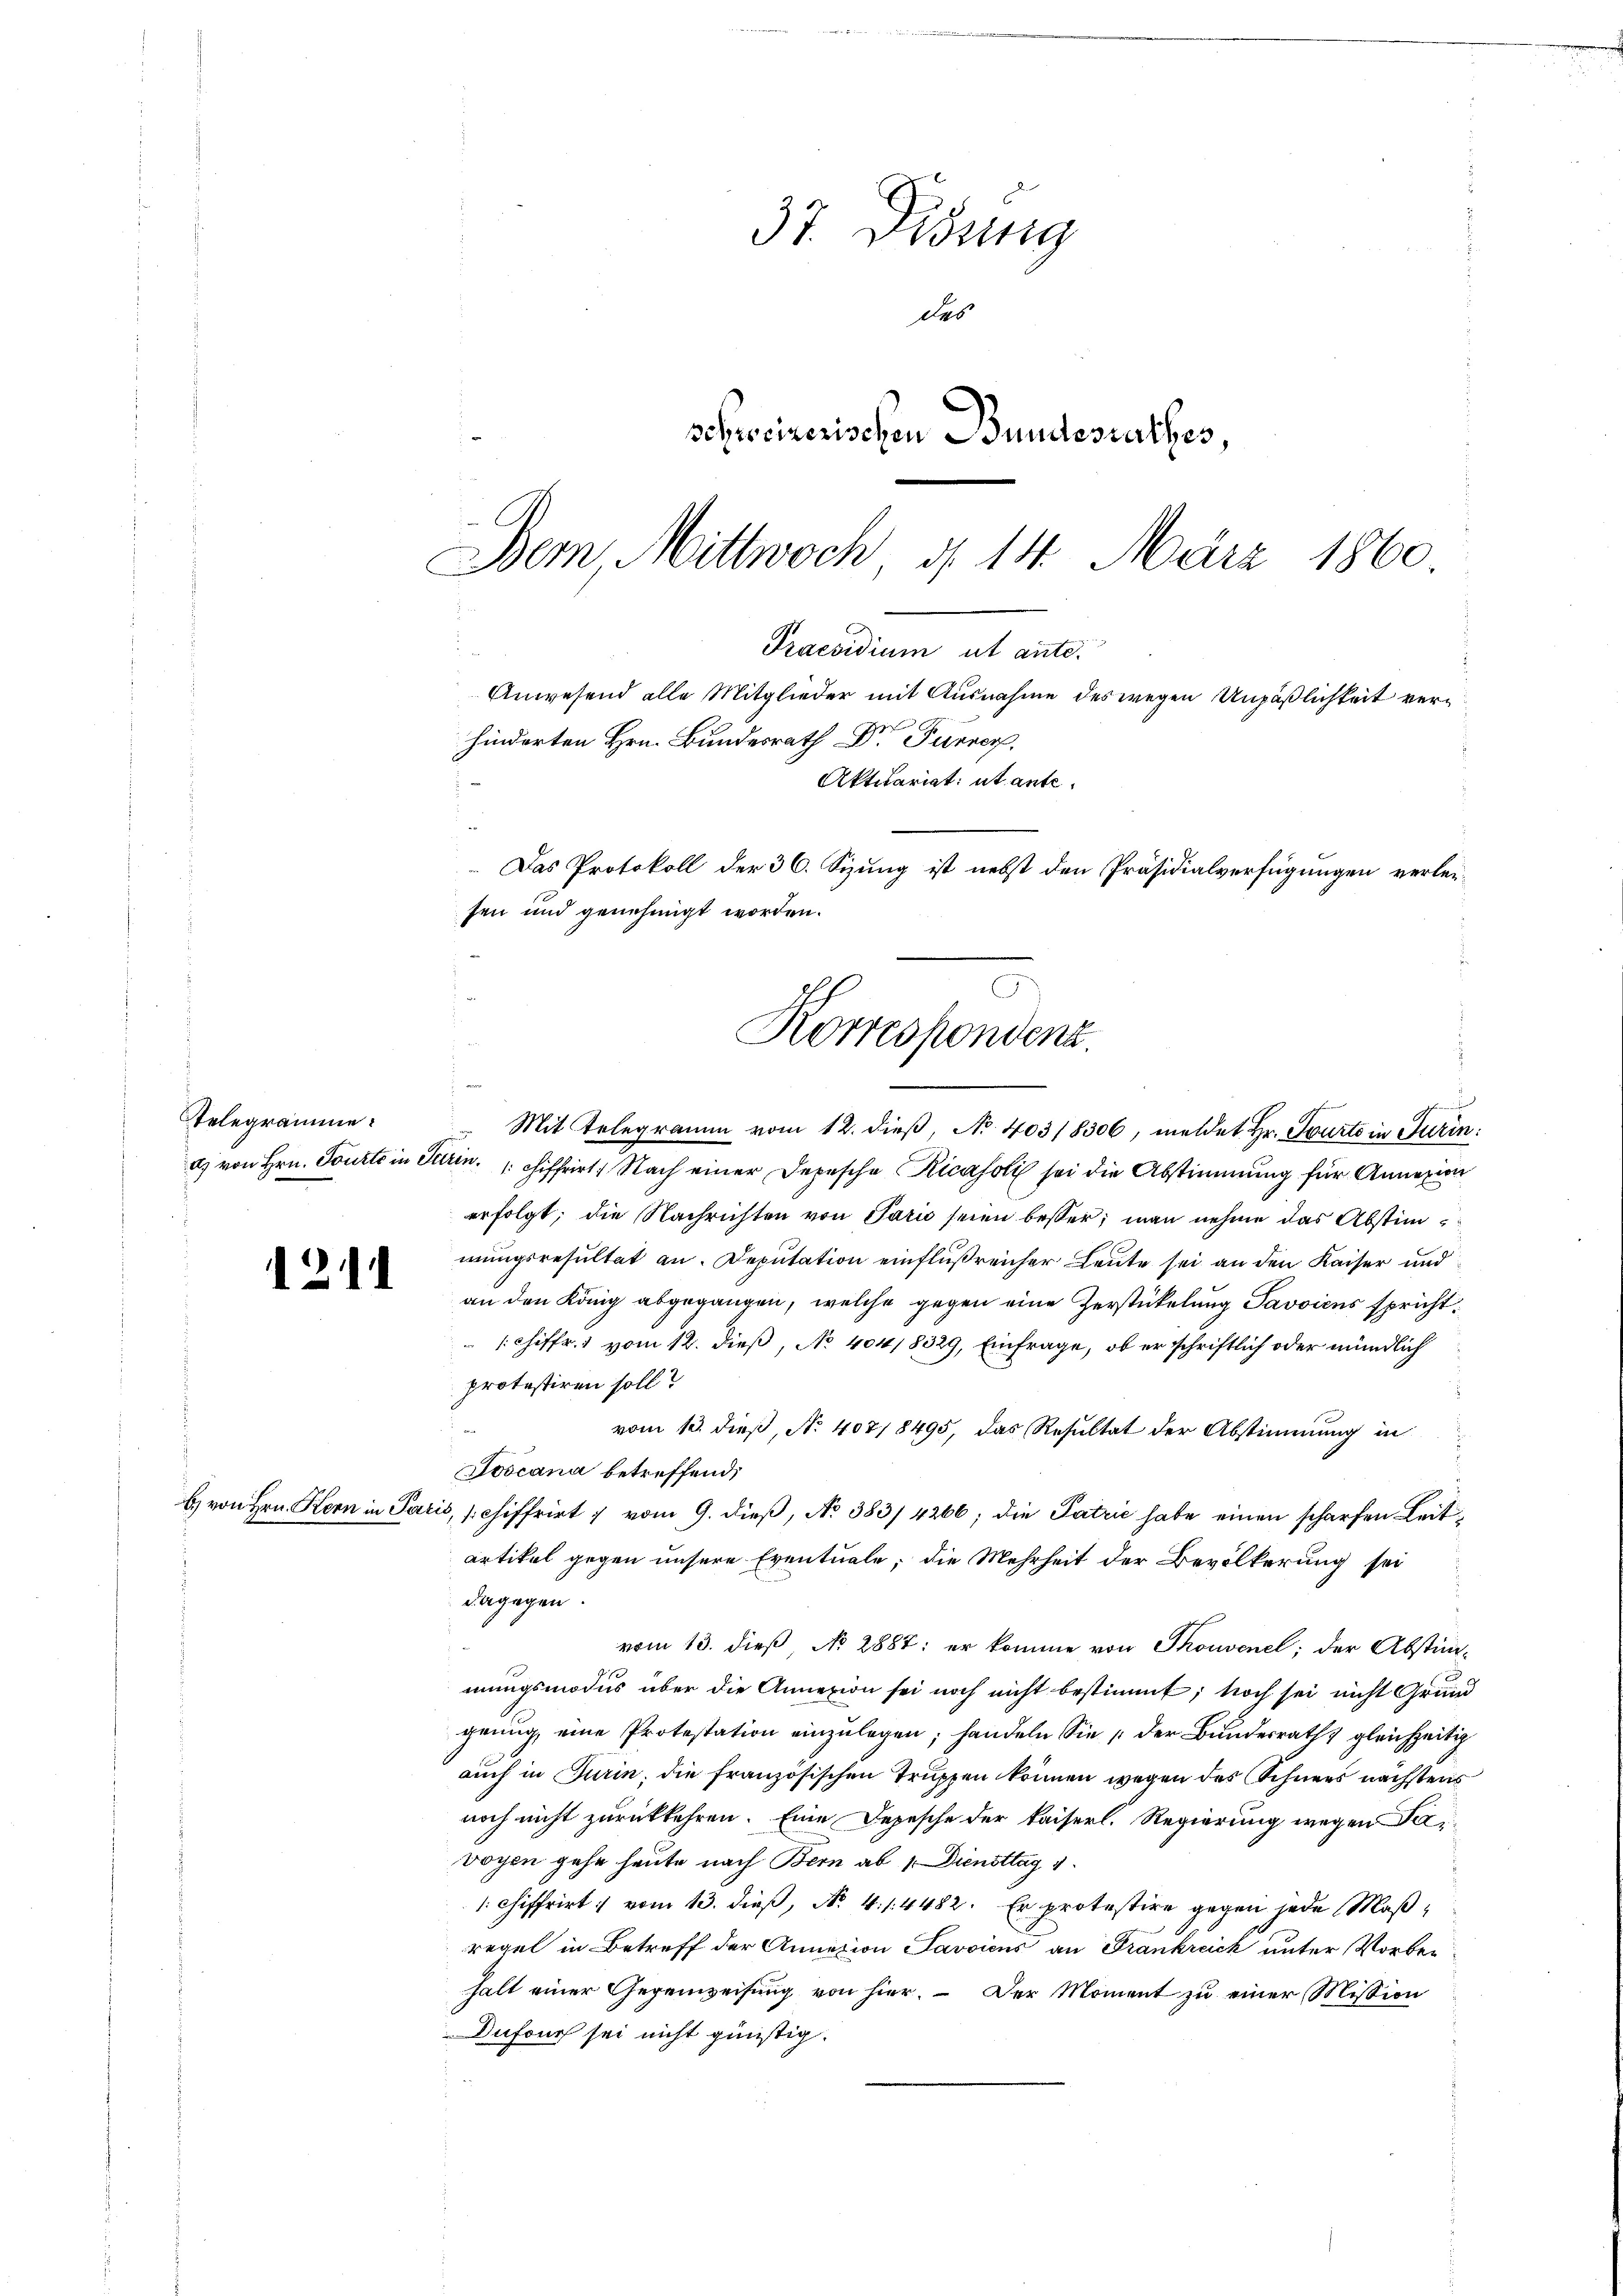
Telegramme

211

37. Disung
des
schreizerischen Bundesrathes,
Bem, Mittwoch, d. 14. März 1860.

Praesidium ut ante.
Anwesend alle Mitglieder mit Ausnahme des wegen Unpäßlichkeit verhinderten Hrn. Bundesrath Dr Furrer,
 Das Protokoll der 36. Sizung ist nebst den Präsidialverfügungen verleisen und genehmigt worden.
Korrespondenz.
Mit Telegramm vom 12. dieß, No. 403/8306, meldet Hr. Tourto in Turin:

a) von Hrn. Tourte in Turin chiffrirt. Nach einer Depesche Ricasoli sei die Abstimmung für Annexion
erfolgt; die Nachrichten von Paris seien besser; man nehme das Abstimmungsresultat an. Deputation einflußreicher Leute sei an den Kaiser und
an den König abgegangen, welche gegen eine Zerstickelung Savoicus spricht.
1. Chiffr. 1 vom 12. dieß, No 404/8329, Einfrage, ob er schriftlich oder mündlich
protestiren soll?
vom 13. dieß, N. 407/8495, das Resultat der Abstimmung in
Joscana betreffend,
b. von Hrn. Kern in Paris, schiffrirt & vom 9. dieß, No 383/4266; die Patrie habe einen scharfen Leitartikel gegen unsere Eventuale; die Mehrheit der Bevölkerung sei
dagegen.
vom 13. dieß No 2887; er komme von Thouvenel; der Abstim-
mungsmodus über die Annexion sei noch nicht bestimmt, noch sei nicht Grund
genug, eine Protestation einzulegen; handeln Sie der Bundesrath & gleichzeitig
auch in Turin, die französischen Truppen können wegen des Schnees nächstens
noch nicht zurückkehren. Eine Depesche der kaiserl. Regierung wegen Tavoyen gehe heute nach Bern ab 1. Diensttag 1.
1. Chiffrirt vom 13. dieß, No. 4. 14482. Er protestire gegen jede Maßregel in Betreff der Annation avoicus an Frankreich unter Vorbehalt einer Gegenweisung von hier.  Der Moment zu einer Mission
Dufour sei nicht günstig.

Aktuariat: utante¬